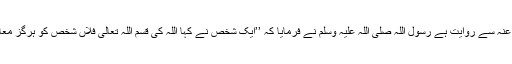
جندب رضی اللہ عنہ سے روایت ہے رسول اللہ صلی اللہ علیہ وسلم نے فرمایا کہ ’’ایک شخص نے کہا اللہ کی قسم اللہ تعالیٰ فلاں شخص کو ہرگز معاف نہیں کرے گا۔